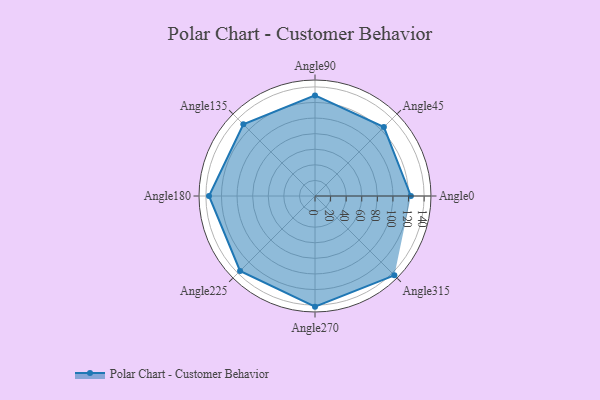
{"axis": {"x": "Angle", "y": "Radius"}, "legend": [""], "data": [{"x": "Angle0", "y": 123.0, "type": ""}, {"x": "Angle45", "y": 125.0, "type": ""}, {"x": "Angle90", "y": 129.0, "type": ""}, {"x": "Angle135", "y": 130.0, "type": ""}, {"x": "Angle180", "y": 136.0, "type": ""}, {"x": "Angle225", "y": 136.0, "type": ""}, {"x": "Angle270", "y": 142.0, "type": ""}, {"x": "Angle315", "y": 144.0, "type": ""}]}